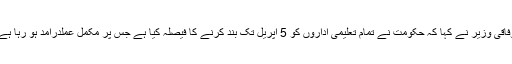
وفاقی وزیر نے کہا کہ حکومت نے تمام تعلیمی اداروں کو 5 اپریل تک بند کرنے کا فیصلہ کیا ہے جس پر مکمل عملدرآمد ہو رہا ہے۔